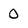
Character: 0